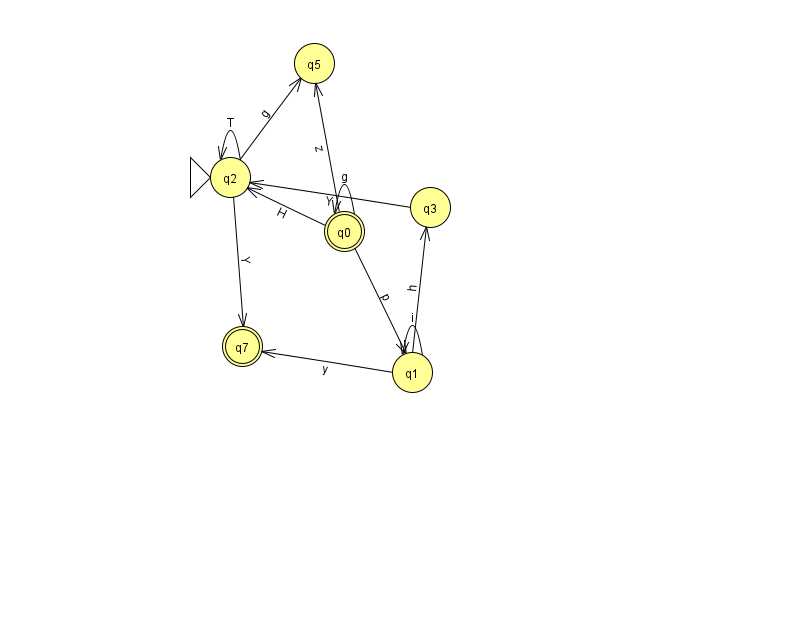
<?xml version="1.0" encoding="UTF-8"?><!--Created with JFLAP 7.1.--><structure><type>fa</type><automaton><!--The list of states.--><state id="0" name="q0"><x>344.0</x><y>218.0</y><final/></state><state id="1" name="q1"><x>412.0</x><y>359.0</y></state><state id="2" name="q2"><x>230.0</x><y>164.0</y><initial/></state><state id="3" name="q3"><x>430.0</x><y>194.0</y></state><state id="5" name="q5"><x>314.0</x><y>50.0</y></state><state id="7" name="q7"><x>242.0</x><y>333.0</y><final/></state><!--The list of transitions.--><transition><from>1</from><to>3</to><read>h</read></transition><transition><from>0</from><to>2</to><read>H</read></transition><transition><from>1</from><to>7</to><read>y</read></transition><transition><from>2</from><to>2</to><read>T</read></transition><transition><from>3</from><to>2</to><read>Y</read></transition><transition><from>2</from><to>7</to><read>Y</read></transition><transition><from>0</from><to>0</to><read>g</read></transition><transition><from>2</from><to>5</to><read>g</read></transition><transition><from>1</from><to>1</to><read>i</read></transition><transition><from>0</from><to>1</to><read>p</read></transition><transition><from>0</from><to>5</to><read>z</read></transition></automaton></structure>